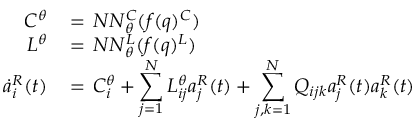
\begin{array} { r l } { C ^ { \theta } \, } & { = \, N N _ { \theta } ^ { C } ( f ( q ) ^ { C } ) } \\ { L ^ { \theta } \, } & { = \, N N _ { \theta } ^ { L } ( f ( q ) ^ { L } ) } \\ { \dot { a } _ { i } ^ { R } ( t ) \, } & { = \, C _ { i } ^ { \theta } + \displaystyle \sum _ { j = 1 } ^ { N } L _ { i j } ^ { \theta } a _ { j } ^ { R } ( t ) + \displaystyle \sum _ { j , k = 1 } ^ { N } Q _ { i j k } a _ { j } ^ { R } ( t ) a _ { k } ^ { R } ( t ) } \end{array}